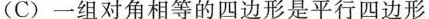
(C)一组对角相等的四边形是平行四边形